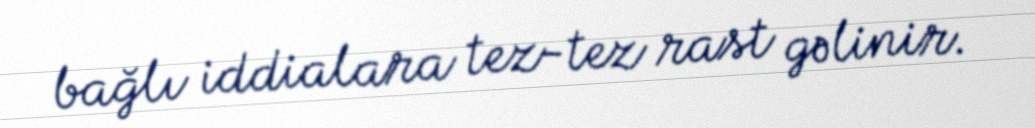
bağlı iddialara tez-tez rast gəlinir.